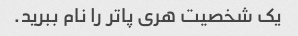
یک شخصیت هری پاتر را نام ببرید.